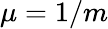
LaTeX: \mu=1/m